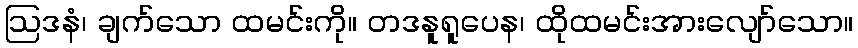
ဩဒနံ၊ ချက်သော ထမင်းကို။ တဒနူရူပေန၊ ထိုထမင်းအားလျော်သော။